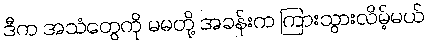
ဒီက အသံတွေကို မမတို့ အခန်းက ကြားသွားလိမ့်မယ်